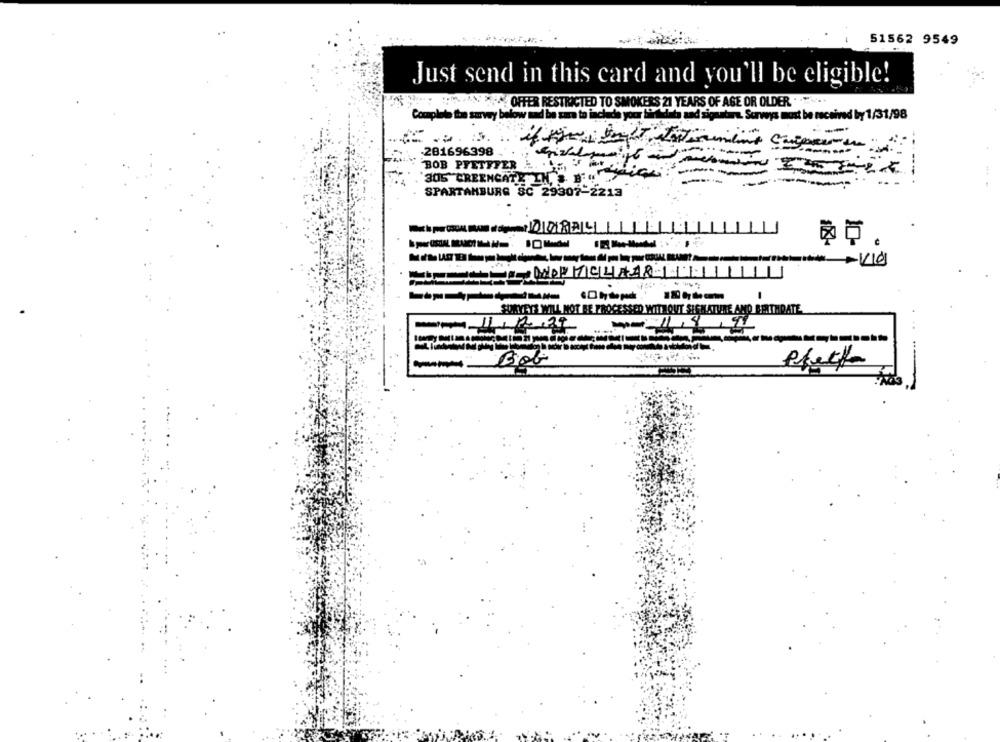
51562 9549
Just send in this card and you'll be eligible!
WAX OFFER RESTRICTED TO SMOKERS 21 YEARS OF AGE OR OLDER " "
Completo the sawwy below und be sar to inch
udsigt. Surveys must be received by 1/31/98
-
-201696398
-
BOB PRETTY
FER
305 CREENCATE
SPARTANBURG SC 29307-2213
SURVEYS WILL NOT BE PROCESSED WITHOUT SIGNATURE AND BERITHDATE
Mads(pri) 11/1.29
9
Bob
--
Pfetfa